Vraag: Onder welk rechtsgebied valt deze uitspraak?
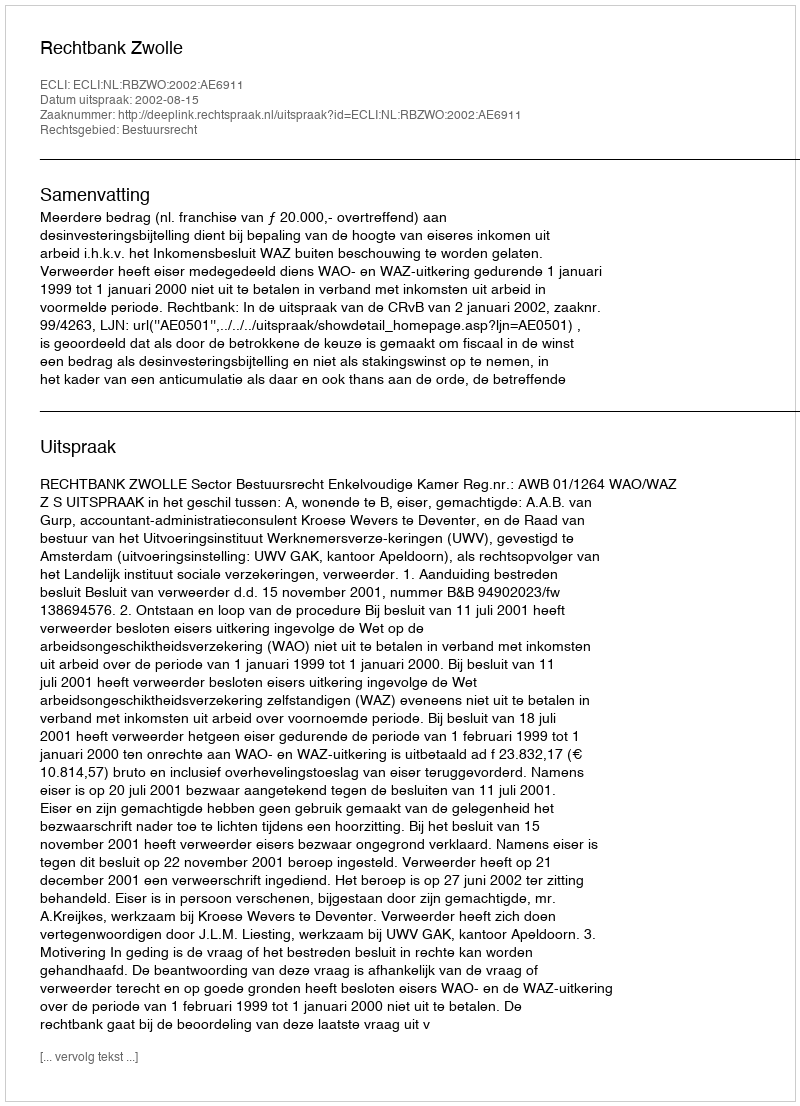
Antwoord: Bestuursrecht